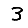
Digit: 3